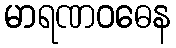
မာရဏဝဓေန